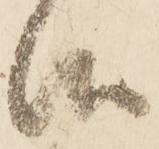
仰